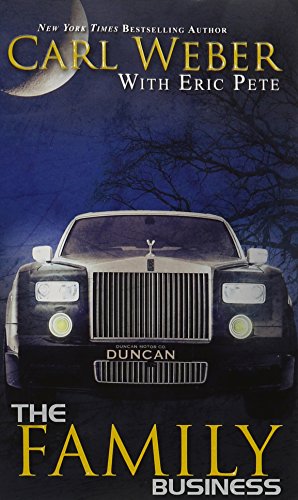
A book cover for The Family Business; Carl Weber; Literature & Fiction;